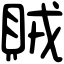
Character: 賊